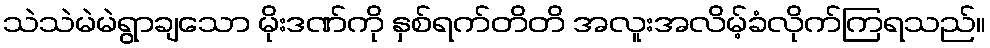
သဲသဲမဲမဲရွာချသော မိုးဒဏ်ကို နှစ်ရက်တိတိ အလူးအလိမ့်ခံလိုက်ကြရသည်။